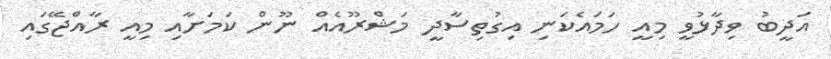
އަދީބު ވިދާޅުވީ މިއީ ހަމައެކަނި އިގުތިސާދީ މަޝްރޫއެއް ނޫން ކަމަށާއި މިއީ ރާއްޖޭގައި